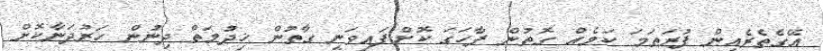
އޭގެތެރެއިން ފުރަތަމަ ކަމެއް ގޮތުން ފާހަގަ ކޮށްފައިވަނީ ގާތުން ޚިދުމަތް ދިނުން ހަރުދަނާކޮށް